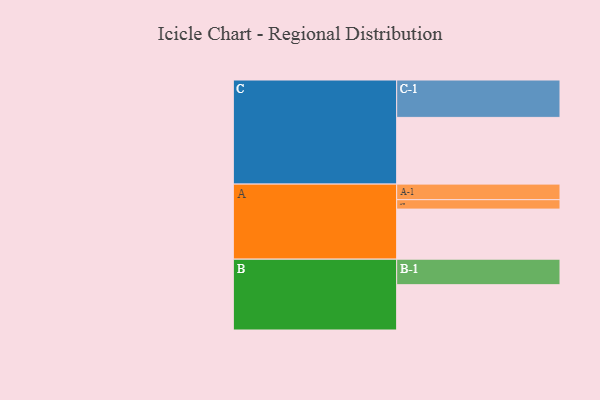
{"axis": {"x": "Segment", "y": "Value"}, "legend": ["", "A", "B", "C"], "data": [{"x": "A", "y": 367, "type": ""}, {"x": "B", "y": 332, "type": ""}, {"x": "C", "y": 489, "type": ""}, {"x": "A-1", "y": 114, "type": "A"}, {"x": "A-2", "y": 69, "type": "A"}, {"x": "B-1", "y": 187, "type": "B"}, {"x": "C-1", "y": 274, "type": "C"}]}